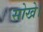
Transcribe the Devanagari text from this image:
सोखे।